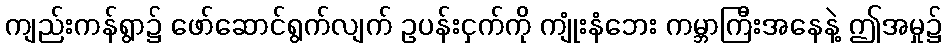
ကျည်းကန်ရွာ၌ ဖော်ဆောင်ရွက်လျက် ဥပန်းငှက်ကို ကျုံးနံဘေး ကမ္ဘာကြီးအနေနဲ့ ဤအမှု၌